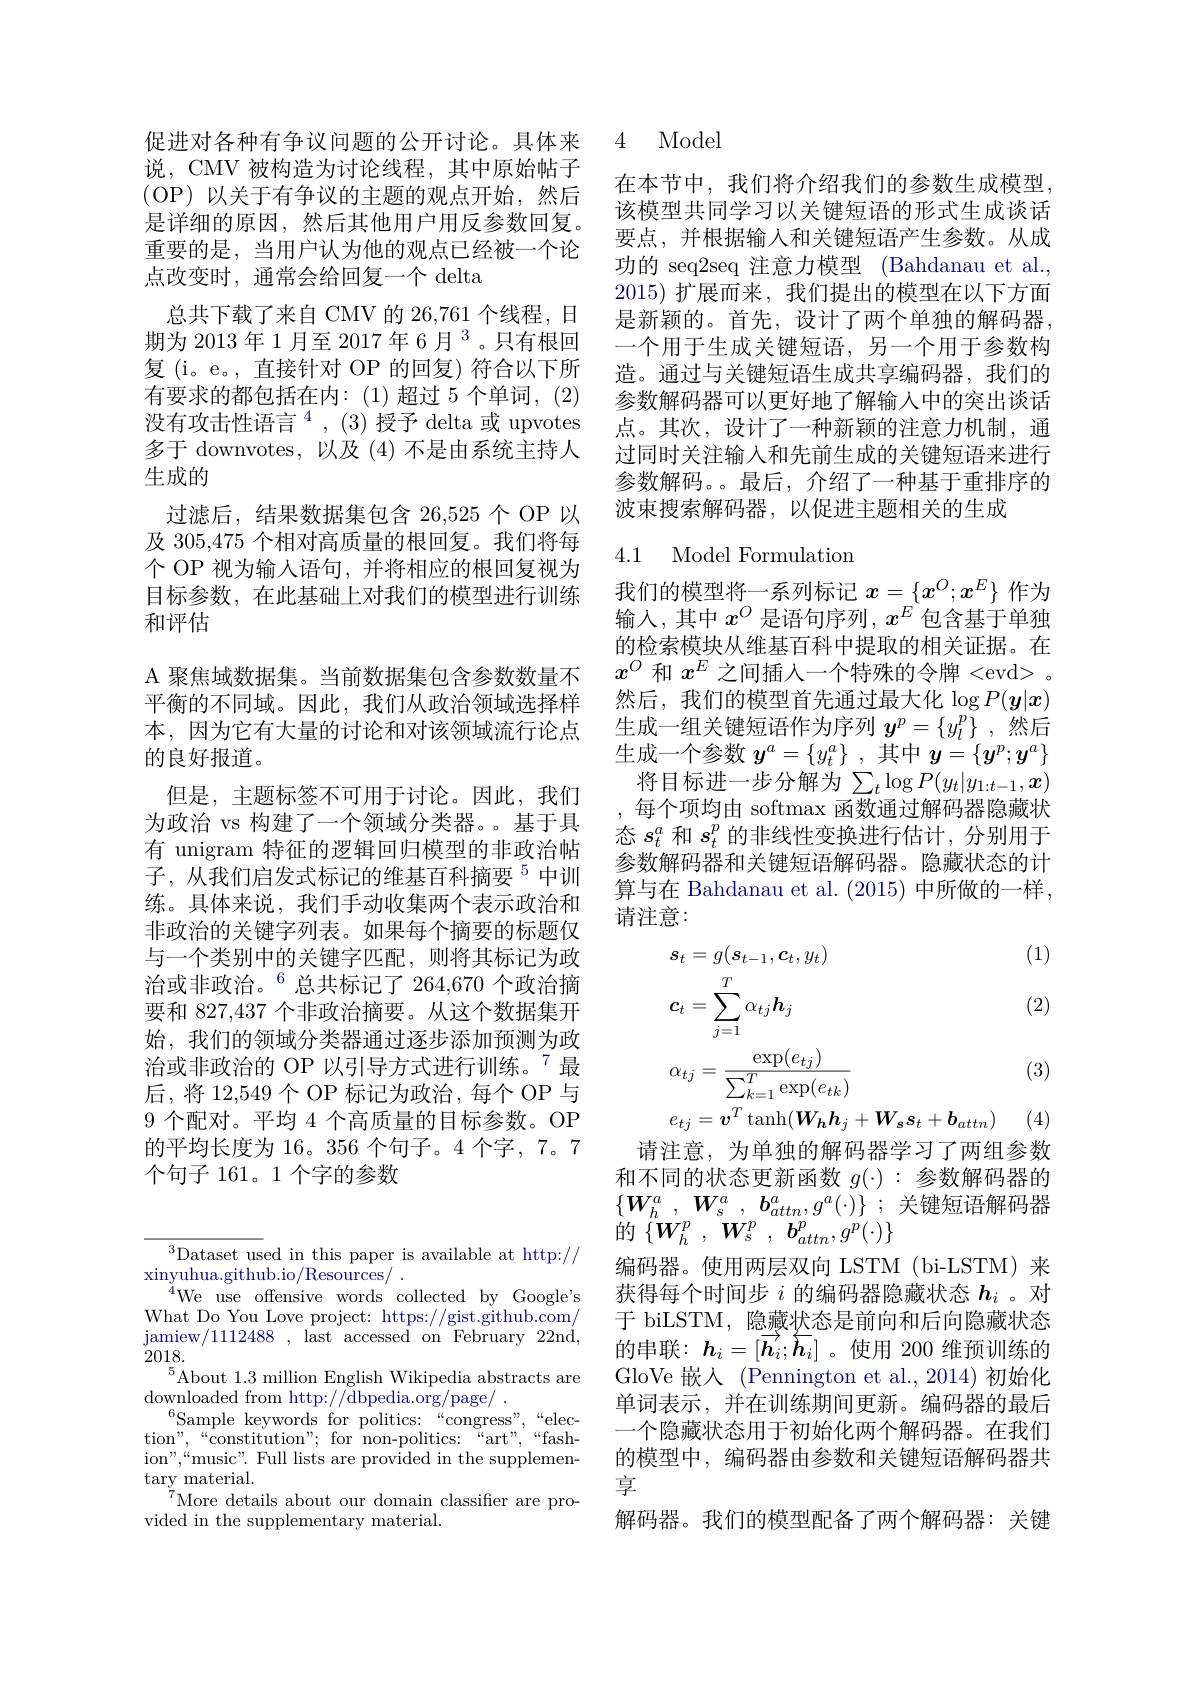
说，CMV 被构造为讨论线程，其中原始帖子(OP)以关于有争议的主题的观点开始，然后是详细的原因，然后其他用户用反参数回复。重要的是，当用户认为他的观点已经被一个论点改变时，通常会给回复一个 delta
总共下载了来自 CMV 的 26,761 个线程，日期为 2013 年 1 月至 2017 年 6 月 3 。只有根回复(i。e。,直接针对 OP 的回复)符合以下所有要求的都包括在内：(1)超过 5个单词，(2) 没有攻击性语言$^4,(3)$授予 delta 或 upvotes 多于 downvotes, 以及 (4) 不是由系统主持人生成的
过滤后，结果数据集包含 26,525个 OP 以及 305,475 个相对高质量的根回复。我们将每个 OP 视为输入语句，并将相应的根回复视为目标参数，在此基础上对我们的模型进行训练和评估
A 聚焦域数据集。当前数据集包含参数数量不平衡的不同域。因此，我们从政治领域选择样本，因为它有大量的讨论和对该领域流行论点的良好报道。
但是，主题标签不可用于讨论。因此，我们为政治 vs 构建了一个领域分类器。基于具有 unigram 特征的逻辑回归模型的非政治帖子，从我们启发式标记的维基百科摘要$^{5}$中训练。具体来说，我们手动收集两个表示政治和非政治的关键字列表。如果每个摘要的标题仅与一个类别中的关键字匹配，则将其标记为政治或非政治。$^{6}$总共标记了264，670 个政治摘要和 827,437 个非政治摘要。从这个数据集开始，我们的领域分类器通过逐步添加预测为政治或非政治的 OP 以引导方式进行训练。$^{7}$最后，将 12,549个 OP 标记为政治，每个 OP 与9 个配对。平均 4 个高质量的目标参数。OP 的平均长度为 16。356 个句子。4 个字，7。7个句子 161。1 个字的参数

$^{3}$Dataset used in this paper is available at http://
$\operatorname{xinyuhua.github.io/Resources/}.$
$^{4}$We use offensive words collected by Googl$e^{\prime }$s What Do You Love project: https://gist.github.com/ jamiew/1112488, last accessed on February 22nd, 2018.
$^{5}$About 1.3 million English Wikipedia abstracts are
$\operatorname*{downloaded~from~http://dbpedia.org/page/}$
$^{6}$Sample keywords for politics:“congress”,“election" , “ constitution" for non- politics: “ art" , “ fash- ion" , “ music" . Full lists are provided in the supplemen- tary material.
$^{7}$More details about our domain classifier are pro-
vided in the supplementary material.

促讲对各种有争议问题的公开讨论。具体来 4 Model

在本节中，我们将介绍我们的参数生成模型， 该模型共同学习以关键短语的形式生成谈话要点，并根据输入和关键短语产生参数。从成功的 seq2seq 注意力模型 (Bahdanau et al., 2015)扩展而来，我们提出的模型在以下方面是新颖的。首先，设计了两个单独的解码器。一个用于生成关键短语，另一个用于参数构造。通过与关键短语生成共享编码器，我们的参数解码器可以更好地了解输入中的突出谈话点。其次，设计了一种新颖的注意力机制，通过同时关注输入和先前生成的关键短语来进行参数解码。。最后，介绍了一种基于重排序的波束搜索解码器，以促进主题相关的生成

## 4.1 Model Formulation

我们的模型将一系列标记$x=\{x^O;x^E\}$作为输入，其中$x^O$是语句序列$,x^E$包含基于单独的检索模块从维基百科中提取的相关证据。在$x^O$和$x^E$之间插入一个特殊的令牌 <evd> 。然后，我们的模型首先通过最大化$\log P(\boldsymbol{y}|\boldsymbol{x})$ 生成一组关键短语作为序列$y^p=\{y_l^p\}$ ,然后生成一个参数$y^a=\{y_t^a\}$ ,其中$y=\{\boldsymbol{y}^p;\boldsymbol{y}^a\}$ 将目标进一步分解为$\sum_t\log P(y_t|y_{1:t-1},\boldsymbol{x})$ 每个项均由 softmax 函数通过解码器隐藏状态$s_t^a$和$s_t^p$的非线性变换进行估计，分别用于参数解码器和关键短语解码器。隐藏状态的计算与在 Bahdanau et al. (2015) 中所做的一样， 请注意：

(1)

(2)
$$\begin{aligned}&s_{t}=g(s_{t-1},c_{t},y_{t})\\&c_{t}=\sum_{j=1}^{T}\alpha_{tj}h_{j}\\&\alpha_{tj}=\frac{\exp(e_{tj})}{\sum_{k=1}^{T}\exp(e_{tk})}\\&e_{tj}=\boldsymbol{v}^{T}\tanh(\boldsymbol{W}_{\boldsymbol{h}}\boldsymbol{h}_{j}+\end{aligned}$$
(3)

(4)

请注意，为单独的解码器学习了两组参数和不同的状态更新函数$g(\cdot):$参数解码器的$\{ W_{h}^{a}$ , $W_{s}^{a}$ , $b_{attn}^{a}, g^{a}( \cdot ) \}$ ;关键短语解码器${\text{的}}\left\{\boldsymbol{W}_{h}^{p}\:,\:\boldsymbol{W}_{s}^{p}\:,\:\boldsymbol{b}_{attn}^{p},g^{p}(\cdot)\right\}$
编码器。使用两层双向 LSTM (bi-LSTM)来获得每个时间步$i$的编码器隐藏状态$h_i$ 。对于 biLSTM, 隐藏状态是前向和后向隐藏状态的串联：$h_i=[\overrightarrow{\boldsymbol{h}}_i;\overleftarrow{\boldsymbol{h}}_i]$。使用 200 维预训练的GloVe 嵌入( Pennington et al. , 2014) 初始化单词表示，并在训练期间更新。编码器的最后一个隐藏状态用于初始化两个解码器。在我们的模型中，编码器由参数和关键短语解码器共享
解码器。我们的模型配备了两个解码器：关键